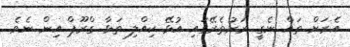
އެރަށް ތައް ނެގީ ރަށުތެރޭގައި އުޅޭ ކިއްލި ތަޅާ ގްރޫޕް އިން ނެވެ.